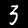
Label: 3